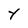
Character: Y